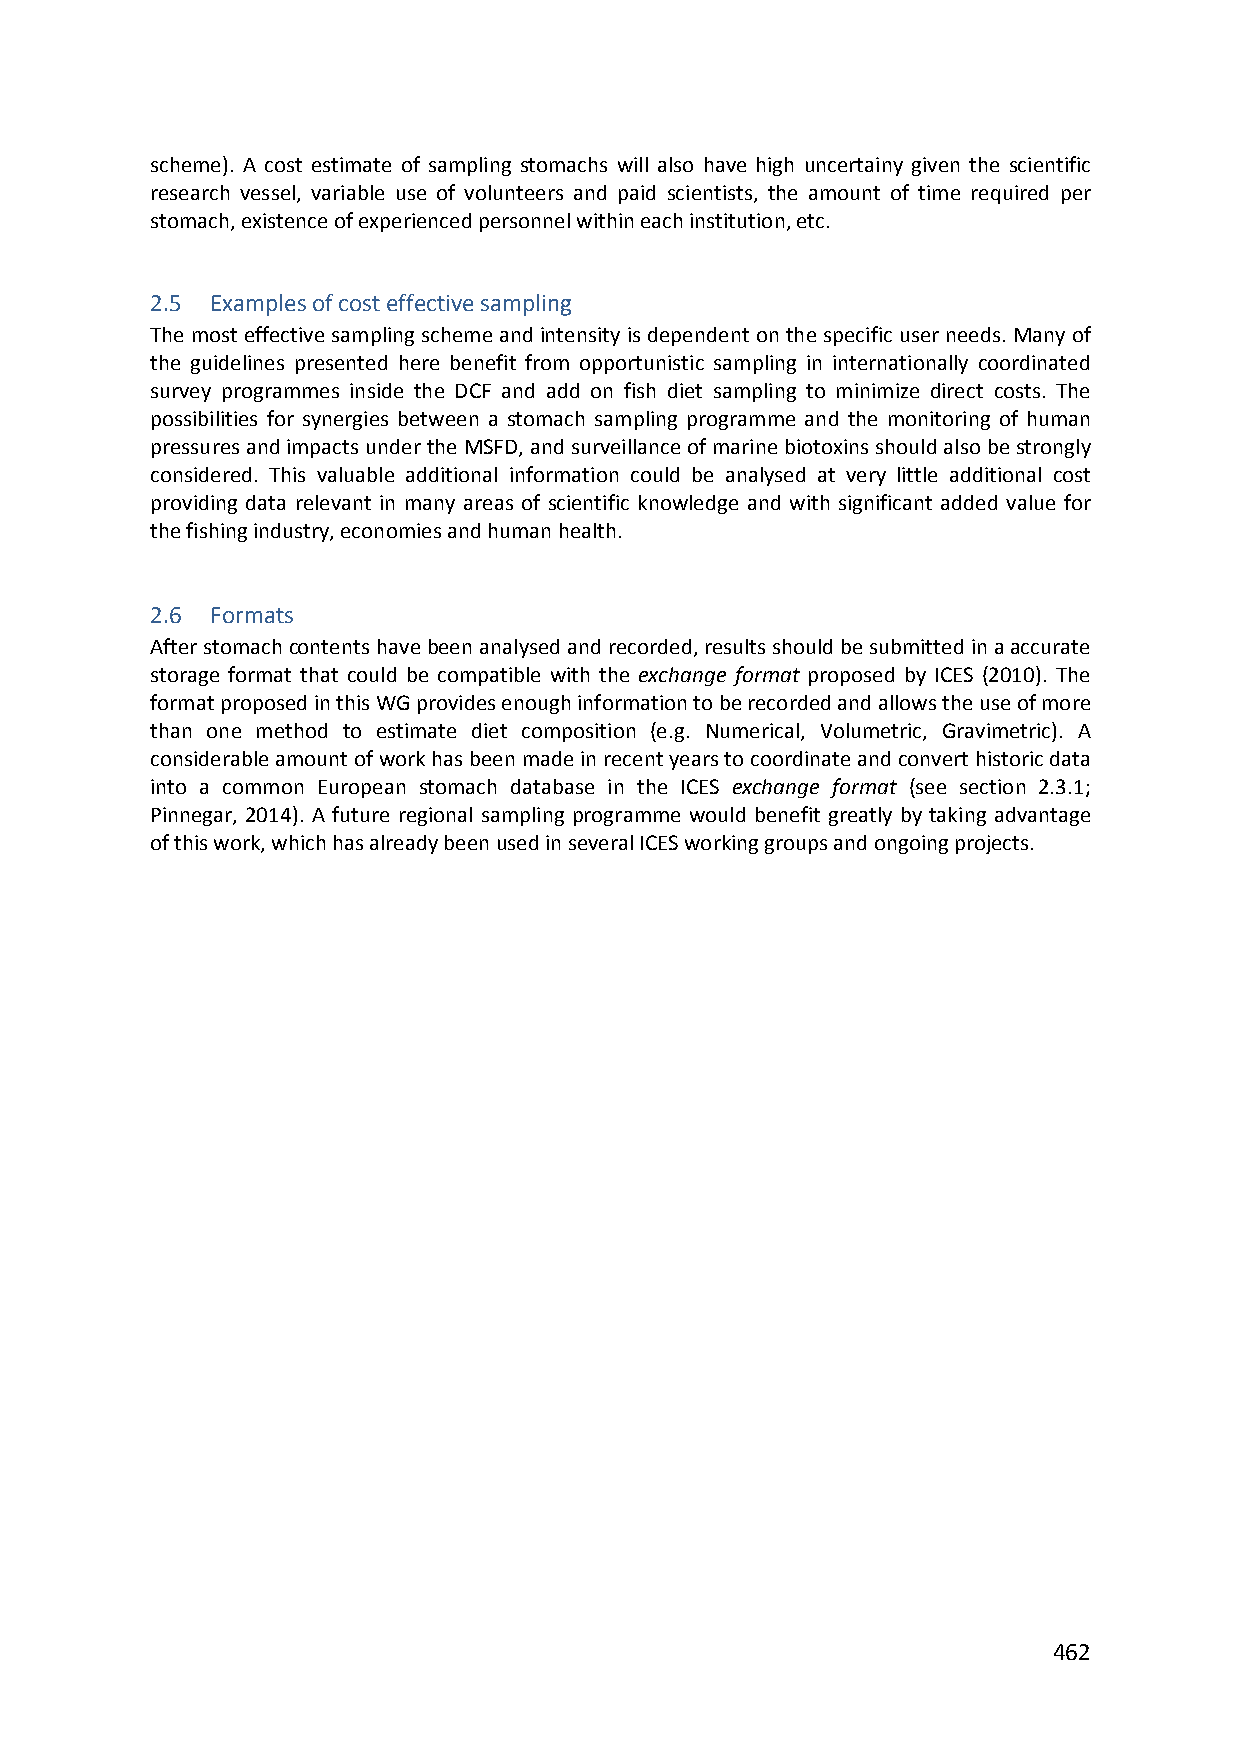
scheme). A cost estimate of sampling stomachs will also have high uncertainy given the scientific
 research vessel, variable use of volunteers and paid scientists, the amount of time required per
 stomach, existence of experienced personnel within each institution, etc.
 2.5 Examples of cost effective sampling
 The most effective sampling scheme and intensity is dependent on the specific user needs. Many of
 the guidelines presented here benefit from opportunistic sampling in internationally coordinated
 survey programmes inside the DCF and add on fish diet sampling to minimize direct costs. The
 possibilities for synergies between a stomach sampling programme and the monitoring of human
 pressures and impacts under the MSFD, and surveillance of marine biotoxins should also be strongly
 considered. This valuable additional information could be analysed at very little additional cost
 providing data relevant in many areas of scientific knowledge and with significant added value for
 the fishing industry, economies and human health.
 2.6 Formats
 After stomach contents have been analysed and recorded, results should be submitted in a accurate
 storage format that could be compatible with the exchange format proposed by ICES (2010). The
 format proposed in this WG provides enough information to be recorded and allows the use of more
 than one method to estimate diet composition (e.g. Numerical, Volumetric, Gravimetric). A
 considerable amount of work has been made in recent years to coordinate and convert historic data
 into a common European stomach database in the ICES exchange format (see section 2.3.1;
 Pinnegar, 2014). A future regional sampling programme would benefit greatly by taking advantage
 of this work, which has already been used in several ICES working groups and ongoing projects.
 462